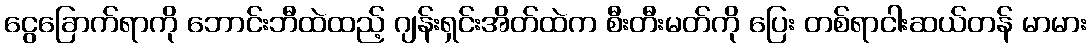
ငွေခြောက်ရာကို ဘောင်းဘီထဲထည့် ဂျန်းရှင်းအိတ်ထဲက စီးတီးမတ်ကို ပြေး တစ်ရာငါးဆယ်တန် မာမား